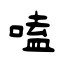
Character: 嗑